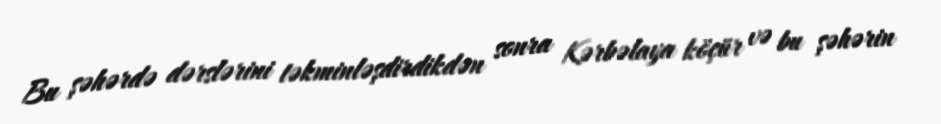
Bu şəhərdə dərslərini təkminləşdirdikdən sonra Kərbəlaya köçür və bu şəhərin